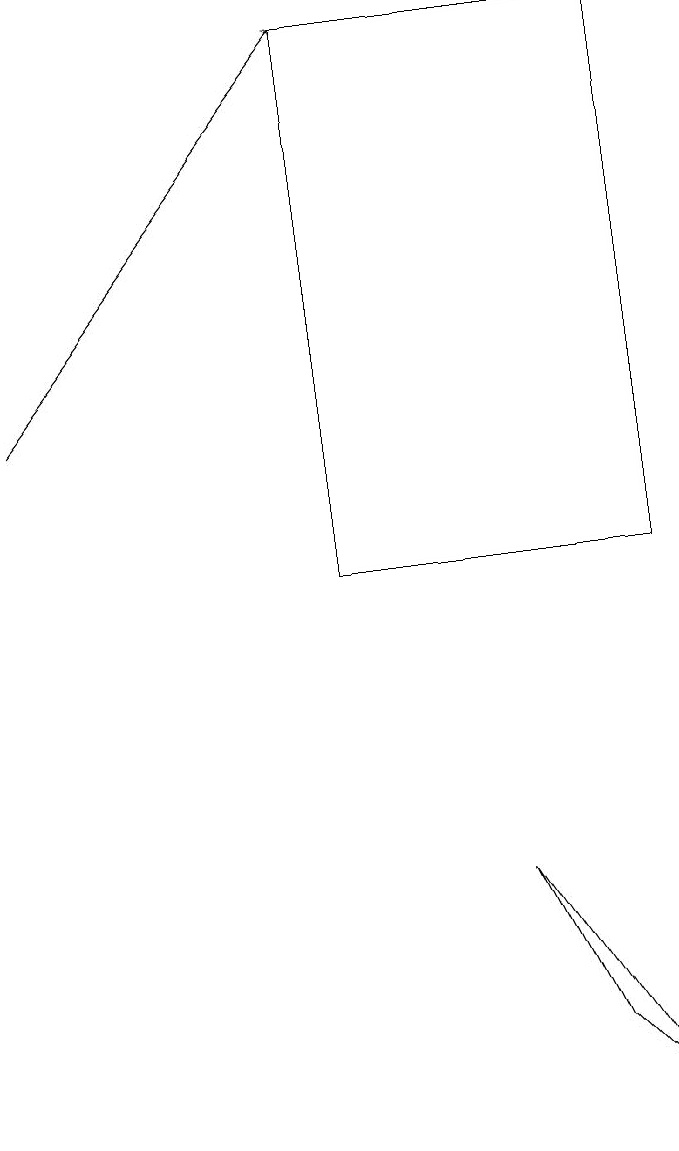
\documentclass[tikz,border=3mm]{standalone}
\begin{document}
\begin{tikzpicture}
\draw (7,7) -- (9,4) -- (8,5) -- cycle;
\draw[->] (1,13) -- (5,18);
\draw (5,18) rectangle (9,11);
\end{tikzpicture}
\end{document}